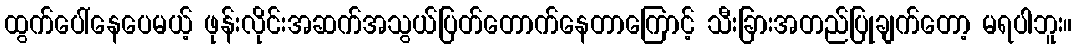
ထွက်ပေါ်နေပေမယ့် ဖုန်းလိုင်းအဆက်အသွယ်ပြတ်တောက်နေတာကြောင့် သီးခြားအတည်ပြုချက်တော့ မရပါဘူး။